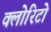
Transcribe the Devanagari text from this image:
क्लोरिटो